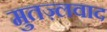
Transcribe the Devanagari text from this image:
मुतज़्लवाद